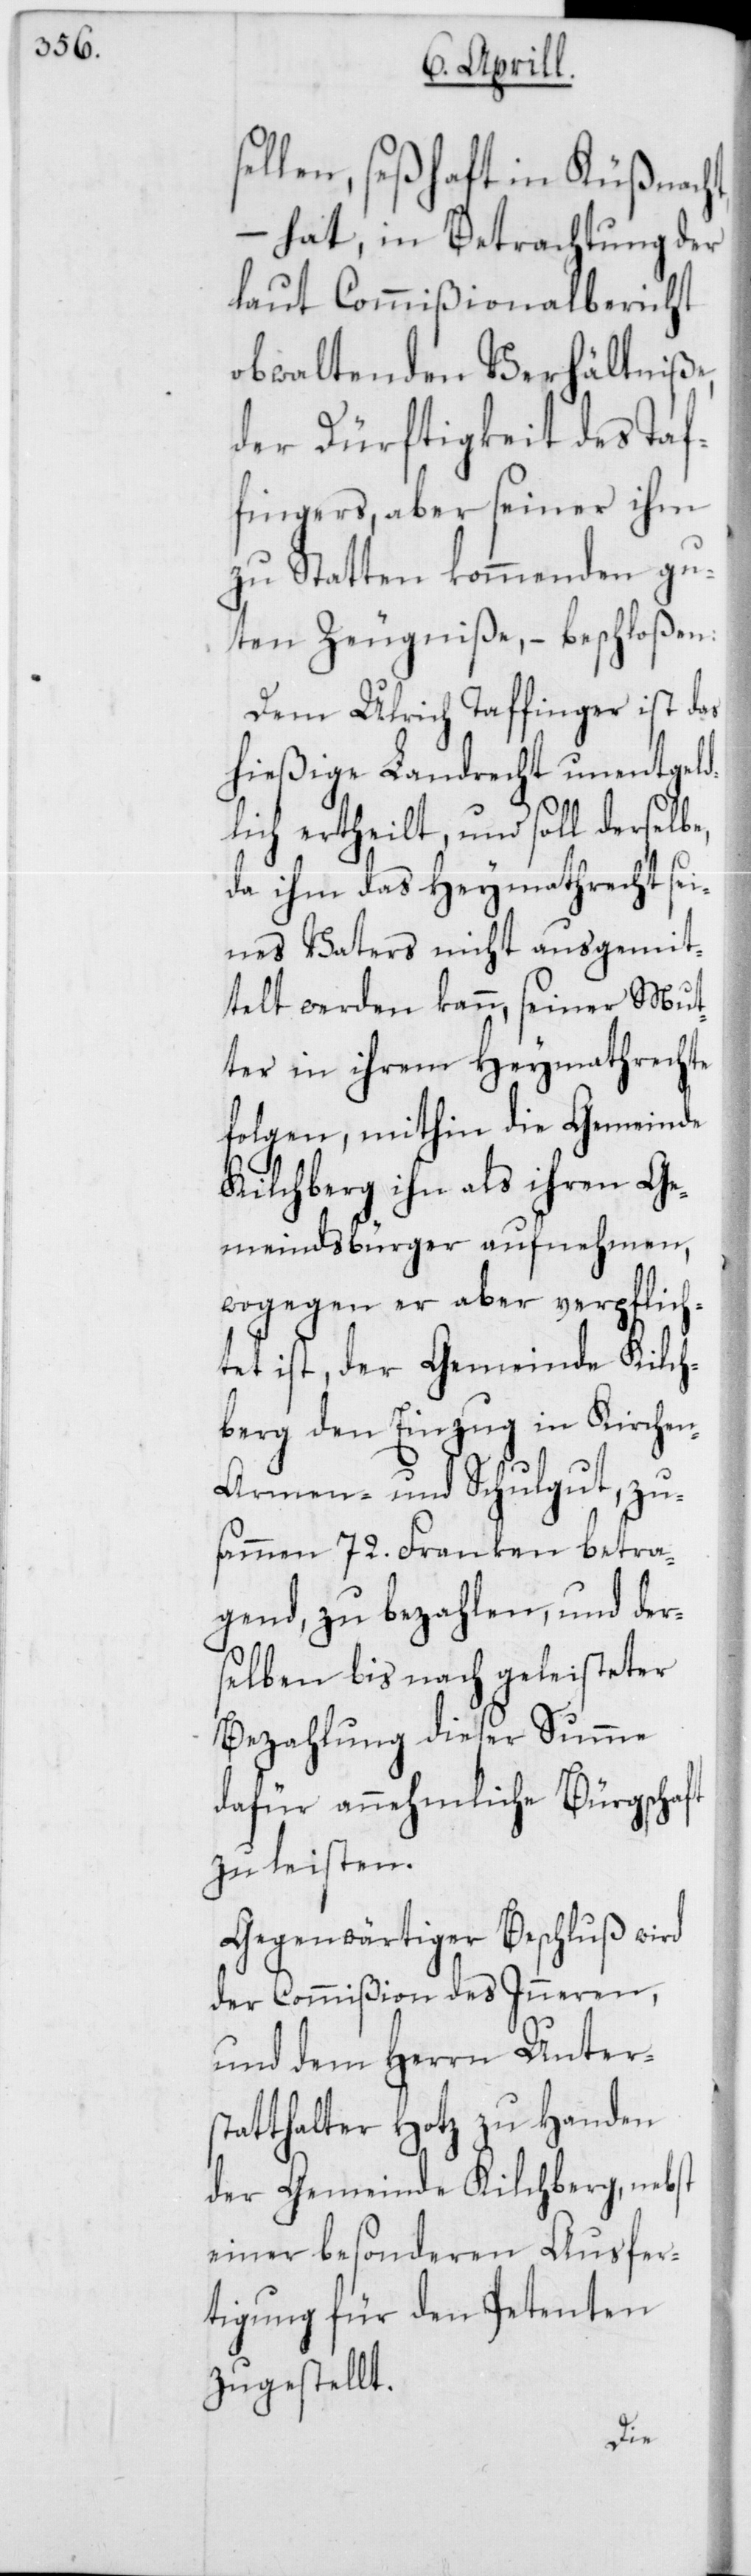
sellen, seßhaft in Küßnacht,
– hat, in Betrachtung der
laut Commißionalbericht
obwaltenden Verhältniße,
der Dürftigkeit des Taf¬
fingers, aber seiner ihm
zu Statten kommenden gu¬
ten Zeugniße, – beschloßen:
Dem Ulrich Taffinger ist das
hießige Landrecht unentgeld¬
lich ertheilt, und soll derselb¬
da ihm das Heymathrecht sei¬
nes Vaters nicht ausgemit¬
telt werden kann, seiner Mut¬
ter in ihrem Heymathrechte
folgen, mithin die Gemeinde
Kilchberg ihn als ihren Ge¬
meindsbürger aufnehmen,
wogegen er aber verpflich¬
tet ist, der Gemeinde Kilch¬
berg den Einzug in Kirche¬
Armen- und Schulgut, zu¬
sammen 72. Franken betra¬
gend, zu bezahlen, und der¬
selben bis nach geleisteter
Bezahlung dieser Summe
dafür annehmliche Bürgschaft
zu leisten.
Gegenwärtiger Beschluß wird
der Commißion des Inneren,
und dem Herrn Unters¬
tatthalter Hotz zu Handen
des Gemeinde Kilchberg, nebst
einer besonderen Ausfer¬
tigung für den Petenten
zugestellt.
n-[,]